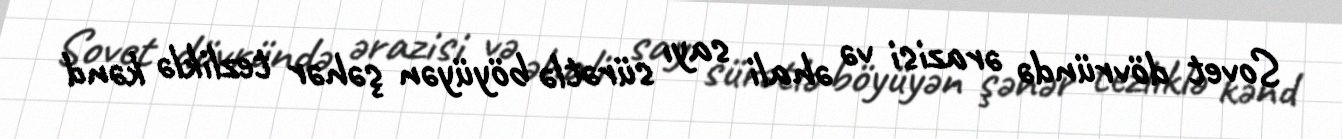
Sovet dövründə ərazisi və əhali sayı sürətlə böyüyən şəhər tezliklə kənd